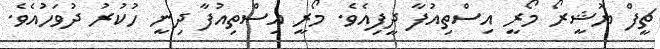
ޗީފް ޔޮޝީރޯ މޯރީ އިސްތިއުފާ ދީފިއެވެ. މޯރީ އިސްތިއުފާ ދިނީ ހުކުރު ދުވަހުއެވެ.